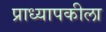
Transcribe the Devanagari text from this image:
प्राध्यापकीला